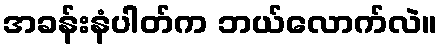
အခန်းနံပါတ်က ဘယ်လောက်လဲ။